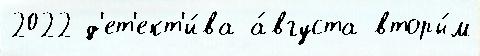
2022 д'ет'ект'и́ва а́вгуста вторы́м